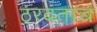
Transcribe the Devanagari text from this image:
ठरवताच